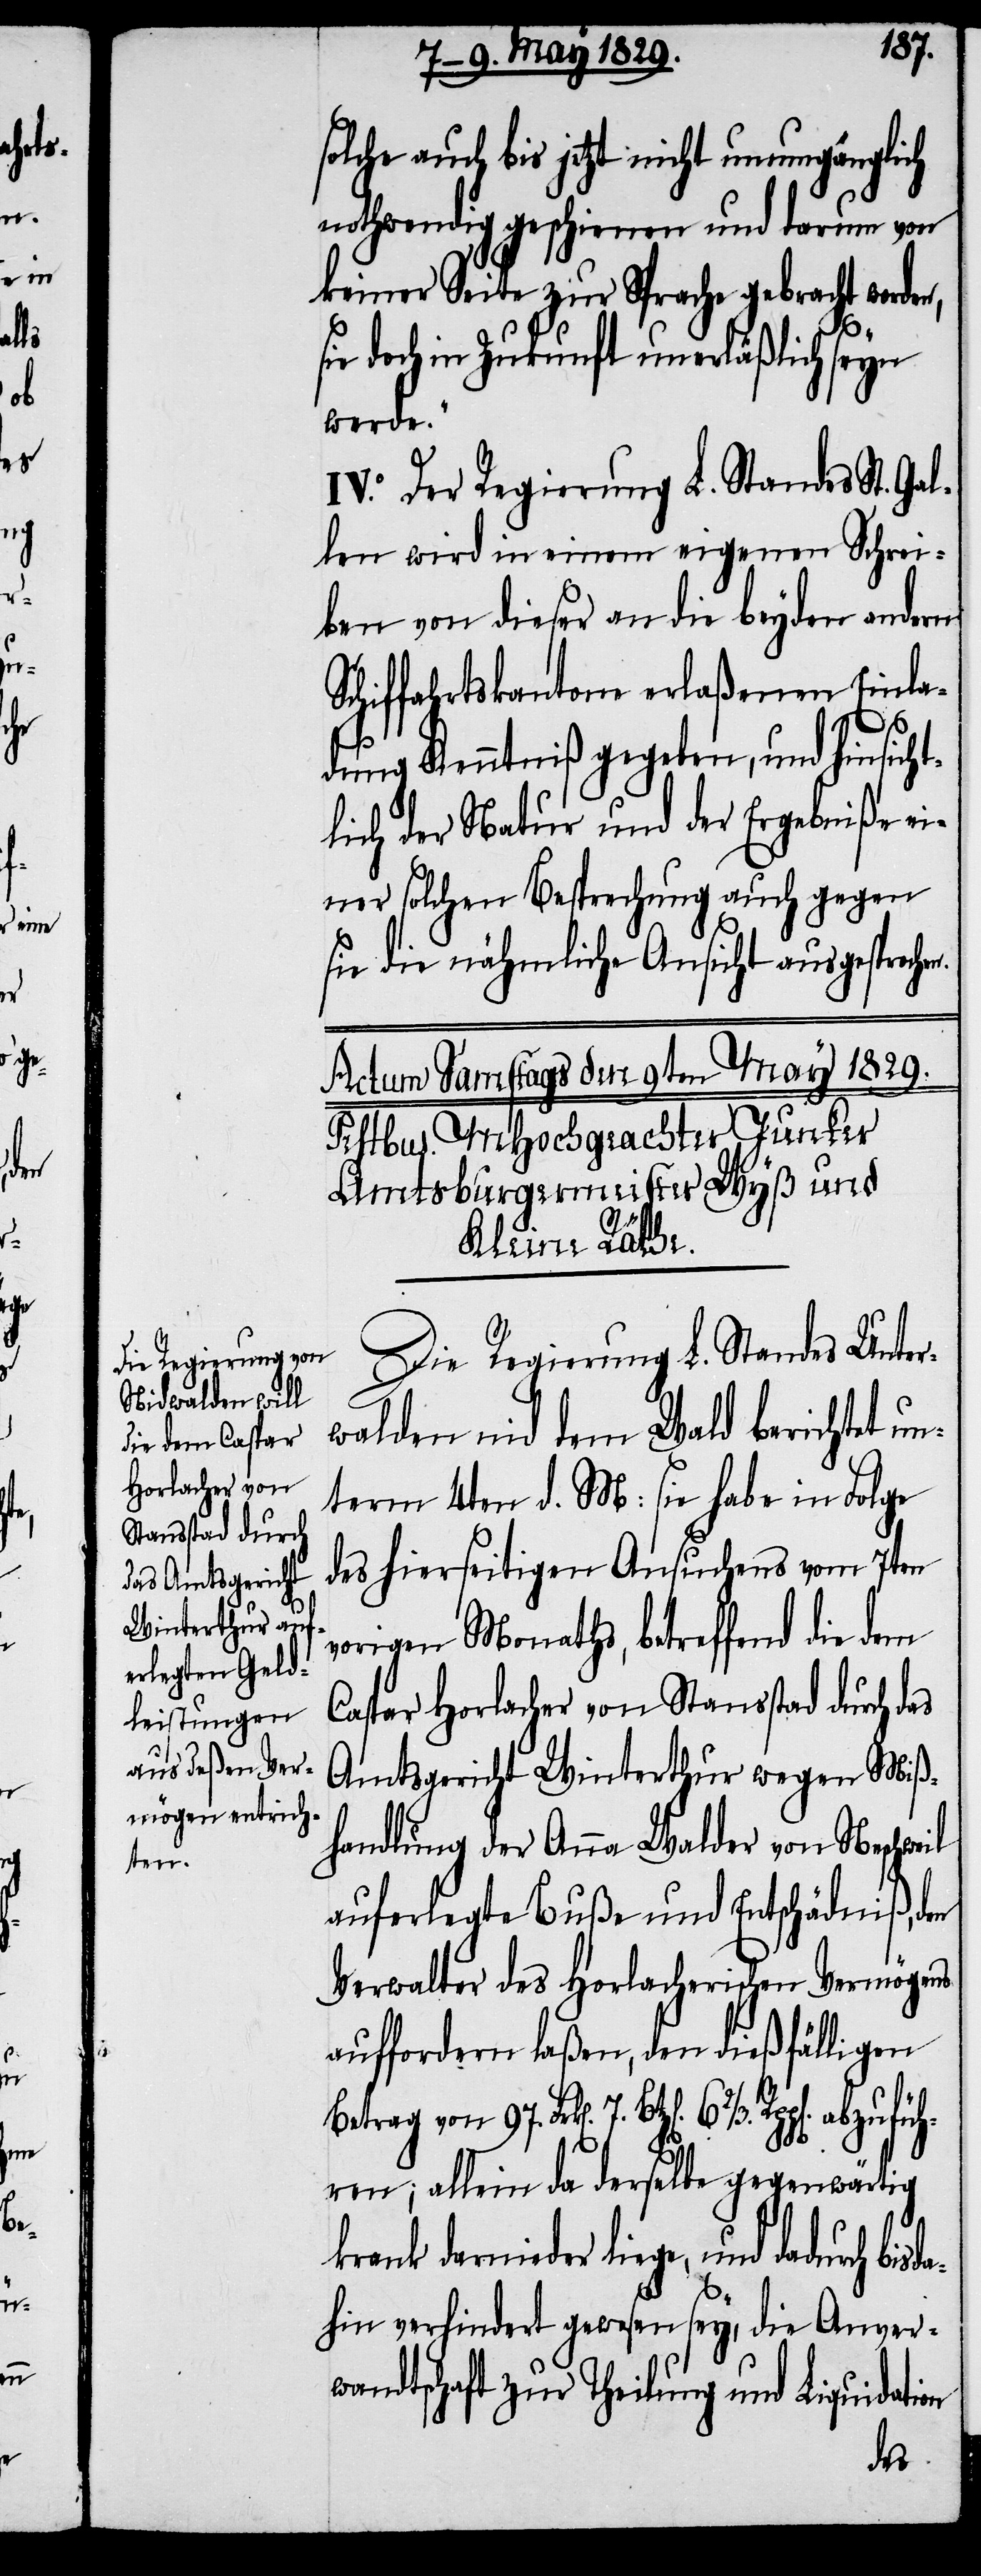
sda¬

solche auch bis jetzt nicht unumgänglich
nothwendig geschienen und darum von
keiner Seite zur Sprache gebracht worden,
sie doch in Zukunft unerläßlich seyn
werde.“
IV.o Der Regierung L. Standes St. Gal¬
len wird in einem eigenen Schrei¬
ben von dieser an die beyden andern
Schiffahrtskantone erlaßenen Einla¬
dung Kenntniß gegeben, und hinsicht¬
lich der Natur und der Ergebniße ei¬
ner solchen Besprechung auch gegen
sie die nähmliche Ansicht ausgesproche¬
Die Regierung L. Standes Unter¬
walden nid dem Wald berichtet un¬
term 4ten d. M: sie habe in Folge
des hierseitigen Ansuchens vom 7ten
vorigen Monaths, betreffend die dem
Caspar Horlacher von Stansstad durch das
Amtsgericht Winterthur wegen Miß¬
handlung der Anna Walder von Neschweil
auferlegte Buße und Entschädniß, den
Verwalter des Horlacherischen Vermögens
auffordern laßen, den dießfälligen
Betrag von 97. Frk[en]. 7. Btz[en]. 6⅔.
hren; allein da derselbe gegenwärtig
krank darnieder liege, und dadurch bi¬
hin verhindert gewesen sey, die Anver¬
wandtschaft zur Theilung und Liquidation